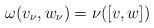
LaTeX: \begin{align*}\omega(v_{\nu},w_{\nu})=\nu([v,w]) \end{align*}